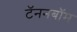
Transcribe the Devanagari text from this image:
टॅननबॉम